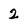
Character: 2